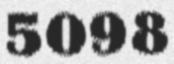
5098